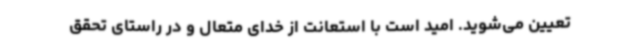
تعیین می‌شوید. امید است با استعانت از خدای متعال و در راستای تحقق